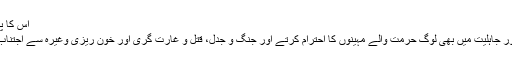
اس کا پس منظر کچھ
یوں ہے کہ دورِ جاہلیت میں بھی لوگ حرمت والے مہینوں کا احترام کرتے اور جنگ و جدل، قتل و غارت گری اور خون ریزی وغیرہ سے اجتناب کرتے تھے۔